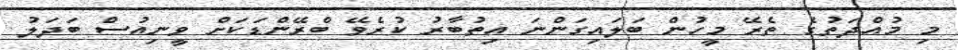
މި މުއްދަތުގެ ތެރޭ މީހުން ބަލައިގަންނަ އިތުބާރު ކުރެވޭ ބްރޭންޑަކަށް ވީނިއުސް ބަދަލު